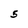
Character: S